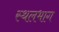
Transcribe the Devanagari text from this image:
स्थलभाग